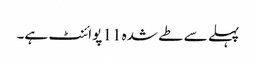
پہلے سے طے شدہ 11 پوائنٹ ہے۔